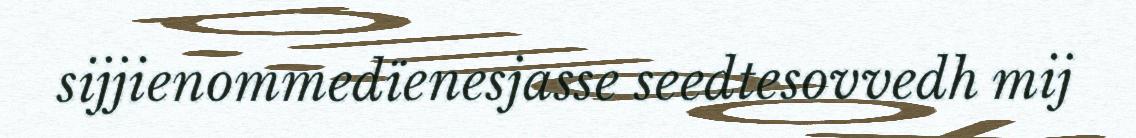
sijjienommedïenesjasse seedtesovvedh mij